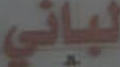
لباني